Elephants and their diseases
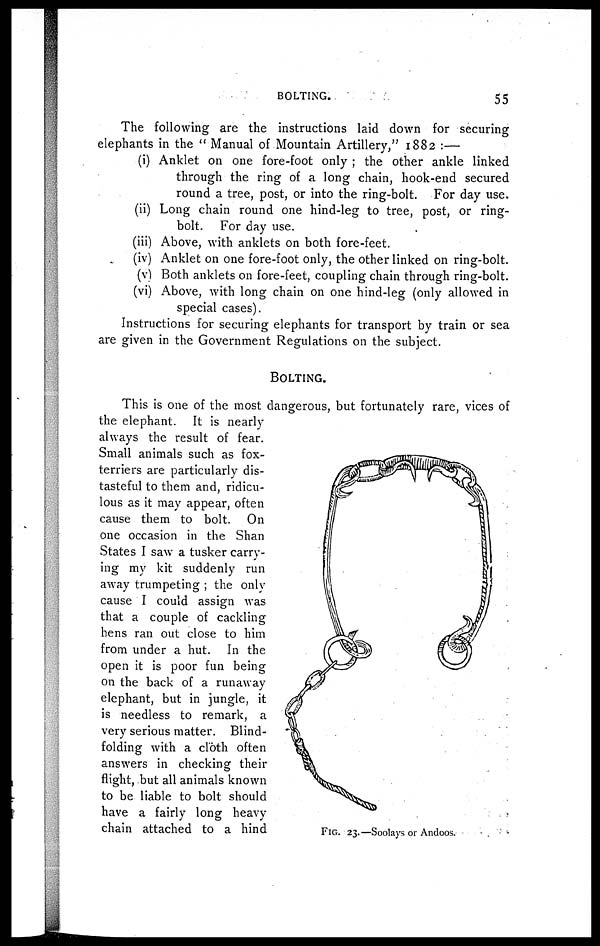
BOLTING.
55
The following are the instructions laid down for securing
elephants in the "Manual of Mountain Artillery," 1882 :—
(i) Anklet on one fore-foot only ; the other ankle linked
through the ring of a long chain, hook-end secured
round a tree, post, or into the ring-bolt. For day use.
(ii) Long chain round one hind-leg to tree, post, or ring-
bolt. For day use.
(iii) Above, with anklets on both fore-feet.
(iv) Anklet on one fore-foot only, the other linked on ring-bolt,
(v) Both anklets on fore-feet, coupling chain through ring-bolt,
(vi) Above, with long chain on one hind-leg (only allowed in
special cases).
Instructions for securing elephants for transport by train or sea
are given in the Government Regulations on the subject.
BOLTING.
This is one of the most dangerous, but fortunately rare, vices of
the elephant. It is nearly
always the result of fear.
Small animals such as fox-
terriers are particularly dis¬
tasteful to them and, ridicu¬
lous as it may appear, often
cause them to bolt. On
one occasion in the Shan
States I saw a tusker carry¬
ing my kit suddenly run
away trumpeting ; the only
cause I could assign was
that a couple of cackling
hens ran out close to him
from under a hut. In the
open it is poor fun being
on the back of a runaway
elephant, but in jungle, it
is needless to remark, a
very serious matter. Blind-
folding with a cloth often
answers in checking their
flight, but all animals known
to be liable to bolt should
have a fairly long heavy
chain attached to a hind
FIG. 23.—Soolays or Andoos.